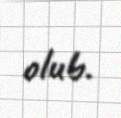
olub.